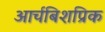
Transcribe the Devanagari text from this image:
आर्चबिशप्रिक